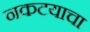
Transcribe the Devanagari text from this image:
नकटयाचा